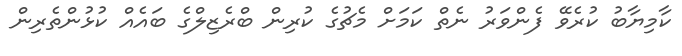
ކާމިޔާބު ކުރެވޭ ފެންވަރު ނެތް ކަމަށް މެޗުގެ ކުރިން ބްރެޒިލްގެ ބައެއް ކުޅުންތެރިން